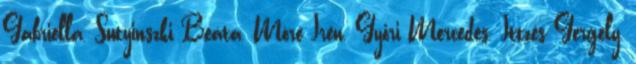
Gabriella, Sutyinszki Beáta, Móré Irén, Győri Mercedes, Ittzés Gergely,